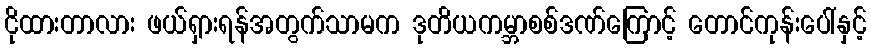
ငိုထားတာလား ဖယ်ရှားရန်အတွက်သာမက ဒုတိယကမ္ဘာစစ်ဒဏ်ကြောင့် တောင်ကုန်းပေါ်နှင့်